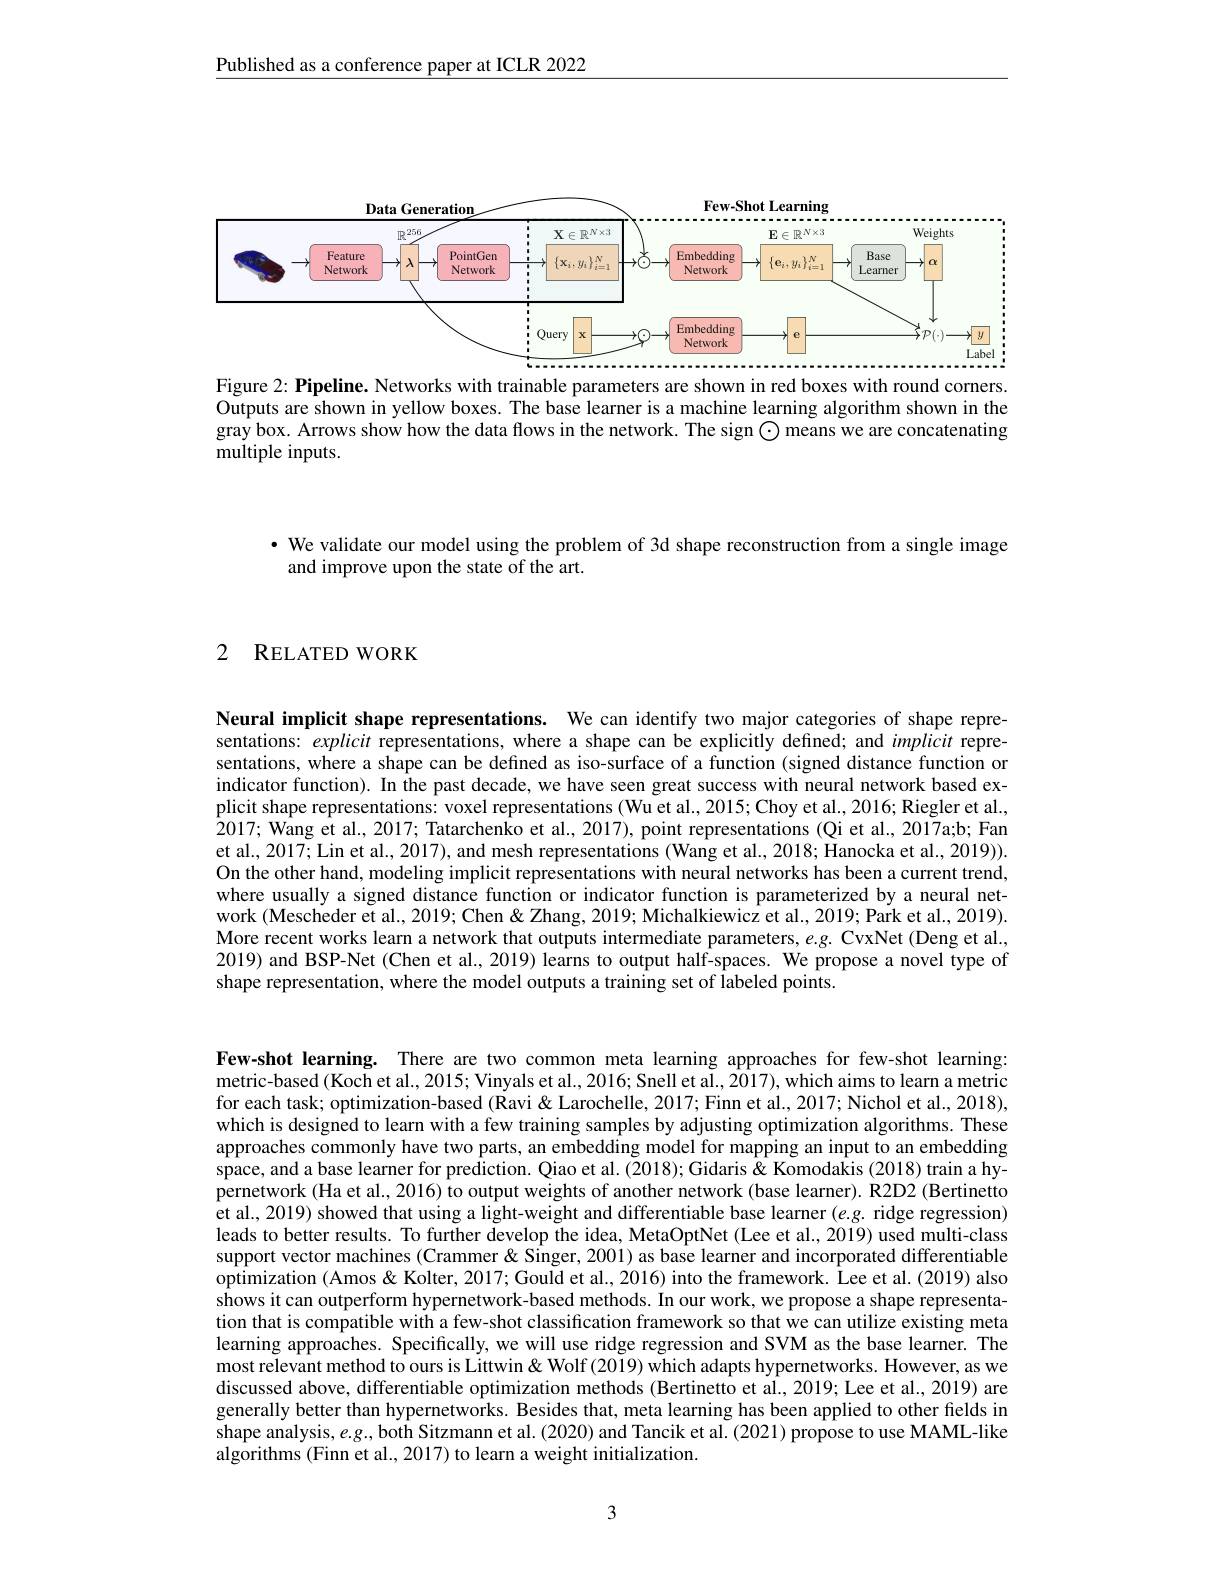
Published as a conference paper at ICLR 2022

<FigureHere>
Figure 2: Pipeline. Networks with trainable parameters are shown in red boxes with round corners.

Outputs are shown in yellow boxes. The base learner is a machine learning algorithm shown in the gray box. Arrows show how the data flows in the network. The sign $\odot$ means we are concatenating multiple inputs.

· We validate our model using the problem of 3d shape reconstruction from a single image
and improve upon the state of the art.

## 2 RELATED WORK

Neural implicit shape representations. We can identify two major categories of shape representations: explicit representations, where a shape can be explicitly defined; and implicit representations, where a shape can be defined as iso-surface of a function (signed distance function or indicator function). In the past decade, we have seen great success with neural network based explicit shape representations: voxel representations (Wu et al., 2015; Choy et al., 2016; Riegler et al., 2017; Wang et al., 2017; Tatarchenko et al., 2017), point representations (Qi et al., 2017a;b; Fan et al., 2017; Lin et al., 2017), and mesh representations ( Wang et al., 2018; Hanocka et al., 2019)). On the other hand, modeling implicit representations with neural networks has been a current trend, where usually a signed distance function or indicator function is parameterized by a neural network (Mescheder et al., 2019; Chen & Zhang, 2019; Michalkiewicz et al., 2019; Park et al., 2019). More recent works learn a network that outputs intermediate parameters, $e.g.$ CvxNet (Deng et al., 2019) and BSP-Net (Chen et al., 2019) learns to output half-spaces. We propose a novel type of shape representation, where the model outputs a training set of labeled points.

Few-shot learning. There are two common meta learning approaches for few-shot learning: metric-based (Koch et al., 2015; Vinyals et al., 2016; Snell et al., 2017), which aims to learn a metric for each task; optimization-based (Ravi& Larochelle, 2017; Finn et al., 2017; Nichol et al., 2018), which is designed to learn with a few training samples by adjusting optimization algorithms. These approaches commonly have two parts, an embedding model for mapping an input to an embedding space, and a base learner for prediction. Qiao et al. (2018); Gidaris & Komodakis (2018) train a hypernetwork (Ha et al., 2016) to output weights of another network (base learner). R2D2 (Bertinetto et al., 2019) showed that using a light-weight and differentiable base learner (e.g. ridge regression) leads to better results. To further develop the idea, MetaOptNet (Lee et al., 2019) used multi-class support vector machines (Crammer & Singer, 2001) as base learner and incorporated differentiable $\hat{\text{optimization (Amos }\&}$ Kolter, 2017; Gould et al., 2016) into the framework. Îee et al. (2019) also shows it can outperform hypernetwork-based methods. In our work, we propose a shape representation that is compatible with a few-shot classification framework so that we can utilize existing meta learning approaches. Specifically, we will use ridge regression and SVM as the base learner. The most relevant method to ours is Littwin& Wolf (2019) which adapts hypernetworks. However, as we discussed above, differentiable optimization methods (Bertinetto et al., 2019; Lee et al., 2019) are generally better than hypernetworks. Besides that, meta learning has been applied to other fields in shape analysis, $e.g.$, both Sitzmann et al. (2020) and Tancik et al. (2021) propose to use MAML-like algorithms (Finn et al., 2017) to learn a weight initialization.

3